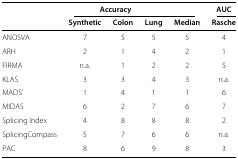
<table><thead><tr><td></td><td colspan="3"><b>Accuracy</b></td><td></td><td><b>AUC</b></td></tr><tr><td></td><td><b>Synthetic</b></td><td><b>Colon</b></td><td><b>Lung</b></td><td><b>Median</b></td><td><b>Rasche</b></td></tr></thead><tbody><tr><td>ANOSVA</td><td>7</td><td>5</td><td>5</td><td>5</td><td>4</td></tr><tr><td>ARH</td><td>2</td><td>1</td><td>4</td><td>2</td><td>1</td></tr><tr><td>FIRMA</td><td>n.a.</td><td>1</td><td>2</td><td>2</td><td>5</td></tr><tr><td>KLAS</td><td>3</td><td>3</td><td>4</td><td>3</td><td>n.a.</td></tr><tr><td>MADS’</td><td>1</td><td>4</td><td>1</td><td>1</td><td>6</td></tr><tr><td>MIDAS</td><td>6</td><td>2</td><td>7</td><td>6</td><td>7</td></tr><tr><td>Splicing Index</td><td>4</td><td>8</td><td>8</td><td>8</td><td>2</td></tr><tr><td>SplicingCompass</td><td>5</td><td>7</td><td>6</td><td>6</td><td>n.a.</td></tr><tr><td>PAC</td><td>8</td><td>6</td><td>9</td><td>8</td><td>3</td></tr></tbody></table>